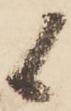
候